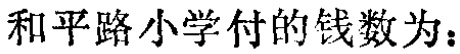
和平路小学付的钱数为：